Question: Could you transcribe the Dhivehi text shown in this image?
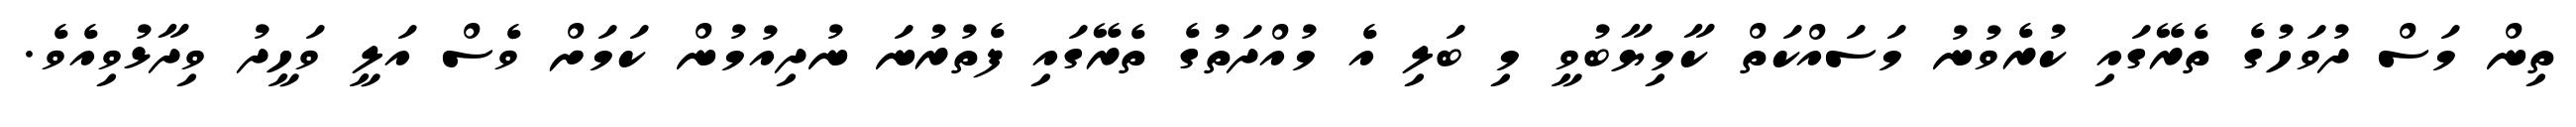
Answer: ތިން މަސް ދުވަހުގެ ތެރޭގައި ކުރެވުނު މަސައްކަތް ކާމިޔާބުވީ މި ބަލި އެ މުއްދަތުގެ ތެރޭގައި ފެތުރުނަ ނުދިއުމުން ކަމަށް ވެސް އަލީ ވަހީދު ވިދާޅުވިއެވެ.